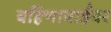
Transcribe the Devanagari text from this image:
बहिणाबाईंवर